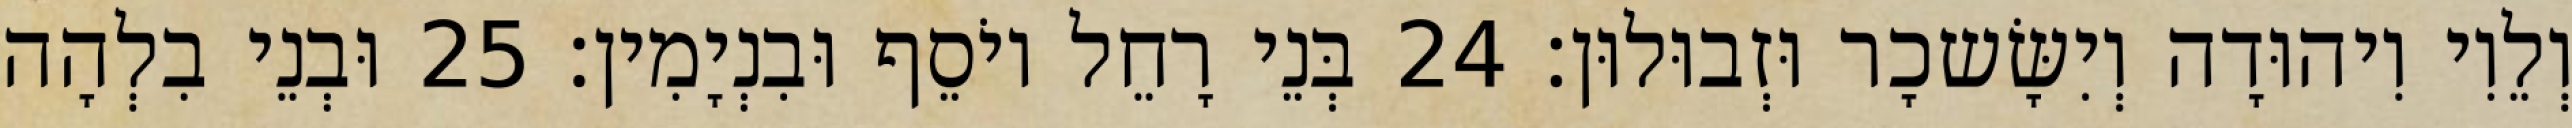
וְלֵוִי וִיהוּדָה וְיִשָּׂשכָר וּזְבוּלוּן׃ 24 בְּנֵי רָחֵל יוֹסֵף וּבִנְיָמִין׃ 25 וּבְנֵי בִלְהָה